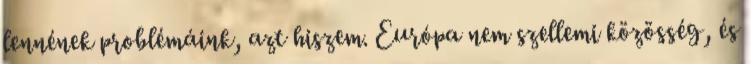
lennének problémáink, azt hiszem. Európa nem szellemi közösség, és